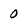
Character: 0